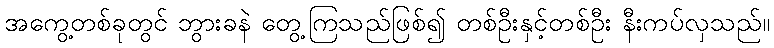
အကွေ့တစ်ခုတွင် ဘွားခနဲ တွေ့ကြသည်ဖြစ်၍ တစ်ဦးနှင့်တစ်ဦး နီးကပ်လှသည်။